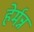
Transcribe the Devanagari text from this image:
हेर्मन्न